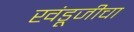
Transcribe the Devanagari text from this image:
खंडूजीचा